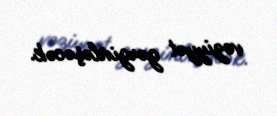
vəziyyət gərginləşəcək.